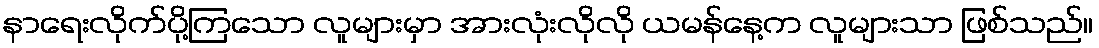
နာရေးလိုက်ပို့ကြသော လူများမှာ အားလုံးလိုလို ယမန်နေ့က လူများသာ ဖြစ်သည်။